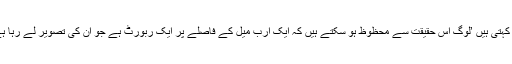
وہ کہتی ہیں ’لوگ اس حقیقت سے محظوظ ہو سکتے ہیں کہ ایک ارب میل کے فاصلے پر ایک ربورٹ ہے جو اُن کی تصویر لے رہا ہے۔